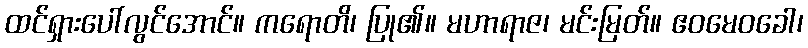
ထင်ရှားပေါ်လွင်အောင်။ ကရောတိ၊ ပြု၏။ မဟာရာဇ၊ မင်းမြတ်။ ဧဝမေဝခေါ၊